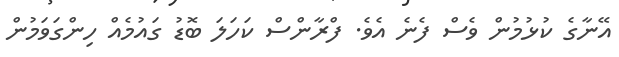
އޭނާގެ ކުޅުމުން ވެސް ފެނެ އެވެ. ފްރާންސް ކަހަލަ ބޮޑު ގައުމެއް ހިންގަވަމުން